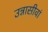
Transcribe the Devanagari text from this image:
उन्नासीवां